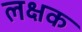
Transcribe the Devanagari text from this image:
लक्षक